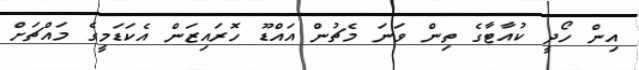
އިން ހޯދީ ކުއާޓާގެ ތިން ވަނަ މެޗުން އައްޑޫ ހޮރައިޒަން އެކަޑަމީގެ މައްޗަށް